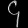
Digit: ၄